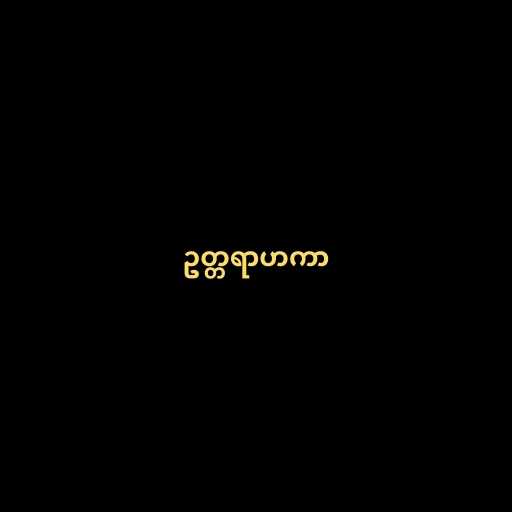
ဥတ္တရာဟကာ